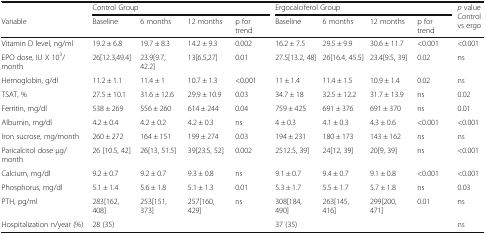
<table><thead><tr><td></td><td colspan="4"><b>Control Group</b></td><td colspan="4"><b>Ergocalciferol Group</b></td><td rowspan="2"><b><i>p</i> value Control vs ergo</b></td></tr><tr><td><b>Variable</b></td><td><b>Baseline</b></td><td><b>6 months</b></td><td><b>12 months</b></td><td><b>p for trend</b></td><td><b>Baseline</b></td><td><b>6 months</b></td><td><b>12 months</b></td><td><b>p for trend</b></td></tr></thead><tbody><tr><td>Vitamin D level, ng/ml</td><td>19.2 ± 6.8</td><td>19.7 ± 8.3</td><td>14.2 ± 9.3</td><td>0.002</td><td>16.2 ± 7.5</td><td>29.5 ± 9.9</td><td>30.6 ± 11.7</td><td>&lt;0.001</td><td>&lt;0.001</td></tr><tr><td>EPO dose, IU X 10<sup>3</sup>/month</td><td>26[12.3,49.4]</td><td>23.9[9.7, 42.2]</td><td>13[6.5,27]</td><td>0.01</td><td>27.5[13.2, 48]</td><td>26[16.4, 45.5]</td><td>23.4[9.5, 39]</td><td>0.02</td><td>ns</td></tr><tr><td>Hemoglobin, g/dl</td><td>11.2 ± 1.1</td><td>11.4 ± 1</td><td>10.7 ± 1.3</td><td>&lt;0.001</td><td>11 ± 1.4</td><td>11.4 ± 1.5</td><td>10.9 ± 1.4</td><td>0.02</td><td>ns</td></tr><tr><td>TSAT, %</td><td>27.5 ± 10.1</td><td>31.6 ± 12.6</td><td>29.9 ± 10.9</td><td>0.03</td><td>34.7 ± 18</td><td>32.5 ± 12.2</td><td>31.7 ± 13.9</td><td>ns</td><td>0.02</td></tr><tr><td>Ferritin, mg/dl</td><td>538 ± 269</td><td>556 ± 260</td><td>614 ± 244</td><td>0.04</td><td>759 ± 425</td><td>691 ± 376</td><td>691 ± 370</td><td>ns</td><td>0.01</td></tr><tr><td>Albumin, mg/dl</td><td>4.2 ± 0.4</td><td>4.2 ± 0.2</td><td>4.2 ± 0.3</td><td>ns</td><td>4 ± 0.3</td><td>4.1 ± 0.3</td><td>4.3 ± 0.6</td><td>&lt;0.001</td><td>&lt;0.001</td></tr><tr><td>Iron sucrose, mg/month</td><td>260 ± 272</td><td>164 ± 151</td><td>199 ± 274</td><td>0.03</td><td>194 ± 231</td><td>180 ± 173</td><td>143 ± 162</td><td>ns</td><td>ns</td></tr><tr><td>Paricalcitol dose μg/month</td><td>26 [10.5, 42]</td><td>26[13, 51.5]</td><td>39[23.5, 52]</td><td>0.002</td><td>2512.5, 39]</td><td>24[12, 39]</td><td>20[9, 39]</td><td>ns</td><td>&lt;0.001</td></tr><tr><td>Calcium, mg/dl</td><td>9.2 ± 0.7</td><td>9.2 ± 0.7</td><td>9.3 ± 0.8</td><td>ns</td><td>9.1 ± 0.7</td><td>9.4 ± 0.7</td><td>9.1 ± 0.8</td><td>&lt;0.001</td><td>&lt;0.001</td></tr><tr><td>Phosphorus, mg/dl</td><td>5.1 ± 1.4</td><td>5.6 ± 1.8</td><td>5.1 ± 1.3</td><td>0.01</td><td>5.3 ± 1.7</td><td>5.5 ± 1.7</td><td>5.7 ± 1.8</td><td>ns</td><td>0.03</td></tr><tr><td>PTH, pg/ml</td><td>283[162, 408]</td><td>253[151, 373]</td><td>257[160, 429]</td><td>ns</td><td>308[184, 490]</td><td>263[145, 416]</td><td>299[200, 471]</td><td>0.01</td><td>ns</td></tr><tr><td>Hospitalization n/year (%)</td><td colspan="4">28 (35)</td><td colspan="4">37 (35)</td><td>ns</td></tr></tbody></table>